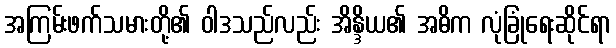
အကြမ်းဖက်သမားတို့၏ ဝါဒသည်လည်း အိန္ဒိယ၏ အဓိက လုံခြုံရေးဆိုင်ရာ